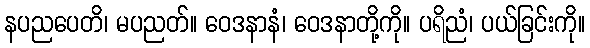
နပညပေတိ၊ မပညတ်။ ဝေဒနာနံ၊ ဝေဒနာတို့ကို။ ပရိညံ၊ ပယ်ခြင်းကို။